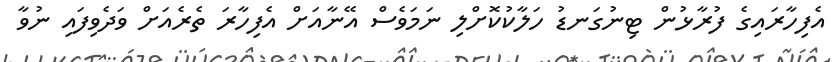
އެފިހާރައިގެ ފުރާޅުން ޓިނުގަނޑު ހަލާކުކޮށްލި ނަމަވެސް އޭނާއަށް އެފިހާރަ ތެރެއަށް ވަދެވިފައި ނުވާ